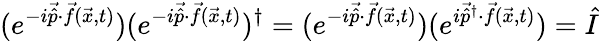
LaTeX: (e^{-i\vec{\hat{p}}\cdot\vec{f}(\vec{x},t)})(e^{-i\vec{\hat{p}}\cdot\vec{f}(\vec{x},t)})^{\dagger}=(e^{-i\vec{\hat{p}}\cdot\vec{f}(\vec{x},t)})(e^{i\vec{\hat{p}}^{\dagger}\cdot\vec{f}(\vec{x},t)})=\hat{I}